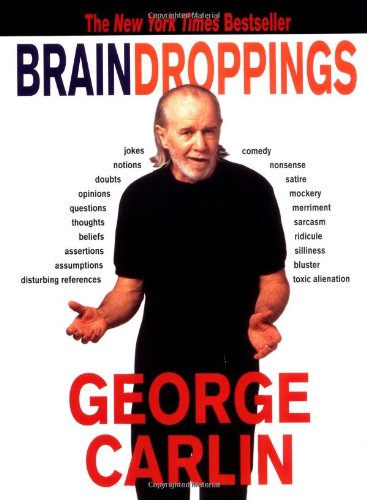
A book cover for Brain Droppings; George Carlin; Humor & Entertainment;